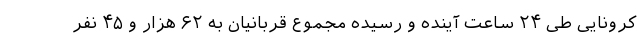
کرونایی طی ۲۴ ساعت آینده و رسیده مجموع قربانیان به ۶۲ هزار و ۴۵ نفر